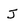
Character: j